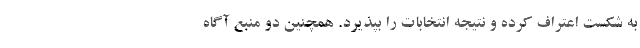
به شکست اعتراف کرده و نتیجه انتخابات را بپذیرد. همچنین دو منبع آگاه